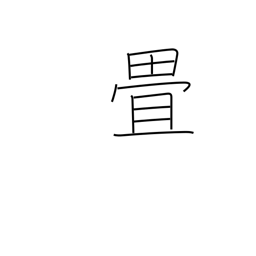
Meaning: counter for tatami mats